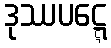
ဒုဿပဋ္ဋေ